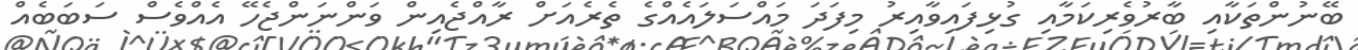
ބޭނުންތަކާއި ބާރުވެރިކަމާއި ގުޅިފައިވާއިރު މިފަދަ މައްސަލައެއްގެ ތެރެއަށް ރާއްޖެއިން ވަންނަންޖެހޭ އެއްވެސް ސަބަބެއް